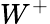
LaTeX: W^{+}